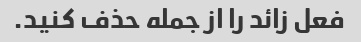
فعل زائد را از جمله حذف کنید.